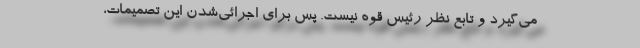
می‌گیرد و تابع نظر رئیس قوه نیست. پس برای اجرائی‌شدن این تصمیمات،